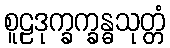
စူဠဒုက္ခက္ခန္ဓသုတ္တံ